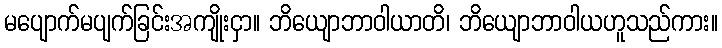
မပျောက်မပျက်ခြင်းအကျိုးငှာ။ ဘိယျောဘာဝါယာတိ၊ ဘိယျောဘာဝါယဟူသည်ကား။